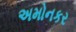
અમોનકર